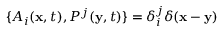
\{ A _ { i } ( { \bf x } , t ) , P ^ { j } ( { \bf y } , t ) \} = \delta _ { i } ^ { j } \delta ( { \bf x } - { \bf y } )